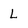
Character: L